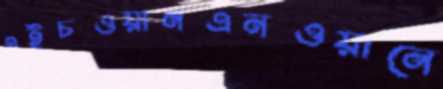
এইচওয়ানএনওয়ানে